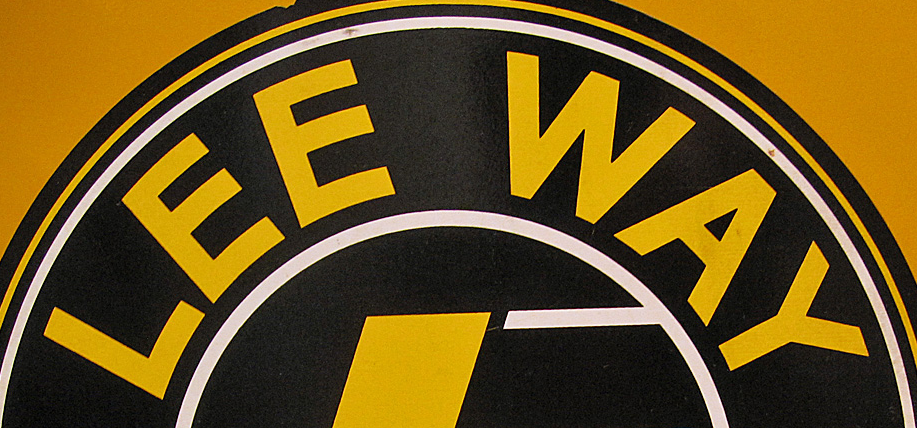
LEE WAY